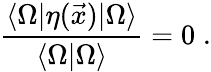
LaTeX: \frac{\langle\Omega|\eta(\vec{x})|\Omega\rangle}{\langle\Omega|\Omega\rangle}=0\; .